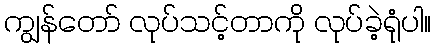
ကျွန်တော် လုပ်သင့်တာကို လုပ်ခဲ့ရုံပါ။